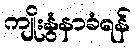
ကျိုးနွံနာခံရန်